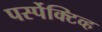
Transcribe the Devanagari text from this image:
पर्स्पेक्टिव्ह